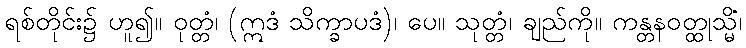
ရစ်တိုင်း၌ ဟူ၍။ ဝုတ္တံ၊ (ဣဒံ သိက္ခာပဒံ)၊ ပေ။ သုတ္တံ၊ ချည်ကို။ ကန္တနဝတ္ထုသ္မိံ၊